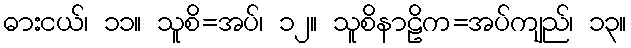
ဓားငယ်၊ ၁၁။ သူစိ=အပ်၊ ၁၂။ သူစိနာဠိက=အပ်ကျည်၊ ၁၃။